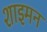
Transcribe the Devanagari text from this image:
शाइमन